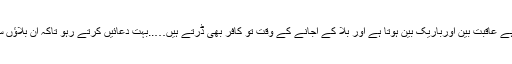
جو بلا کے نزول سے پہلے ڈرتا ہے عاقبت بین اورباریک بین ہوتا ہے اور بلا کے آجانے کے وقت تو کافر بھی ڈرتے ہیں…..بہت دُعائیں کرتے رہو تاکہ ان بلاؤں سے نجات ہو اور خاتمہ بالخیر ہو ۔